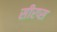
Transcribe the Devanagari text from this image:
सीरप्स